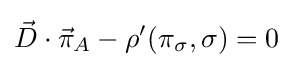
{\vec {D}}\cdot {\vec {\pi }}_{A}-\rho '(\pi _{\sigma },\sigma )=0